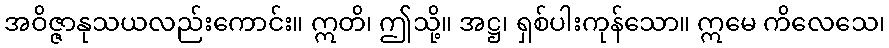
အဝိဇ္ဇာနုသယလည်းကောင်း။ ဣတိ၊ ဤသို့။ အဋ္ဌ၊ ရှစ်ပါးကုန်သော။ ဣမေ ကိလေသေ၊